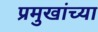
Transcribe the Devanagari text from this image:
प्रमुखांच्या